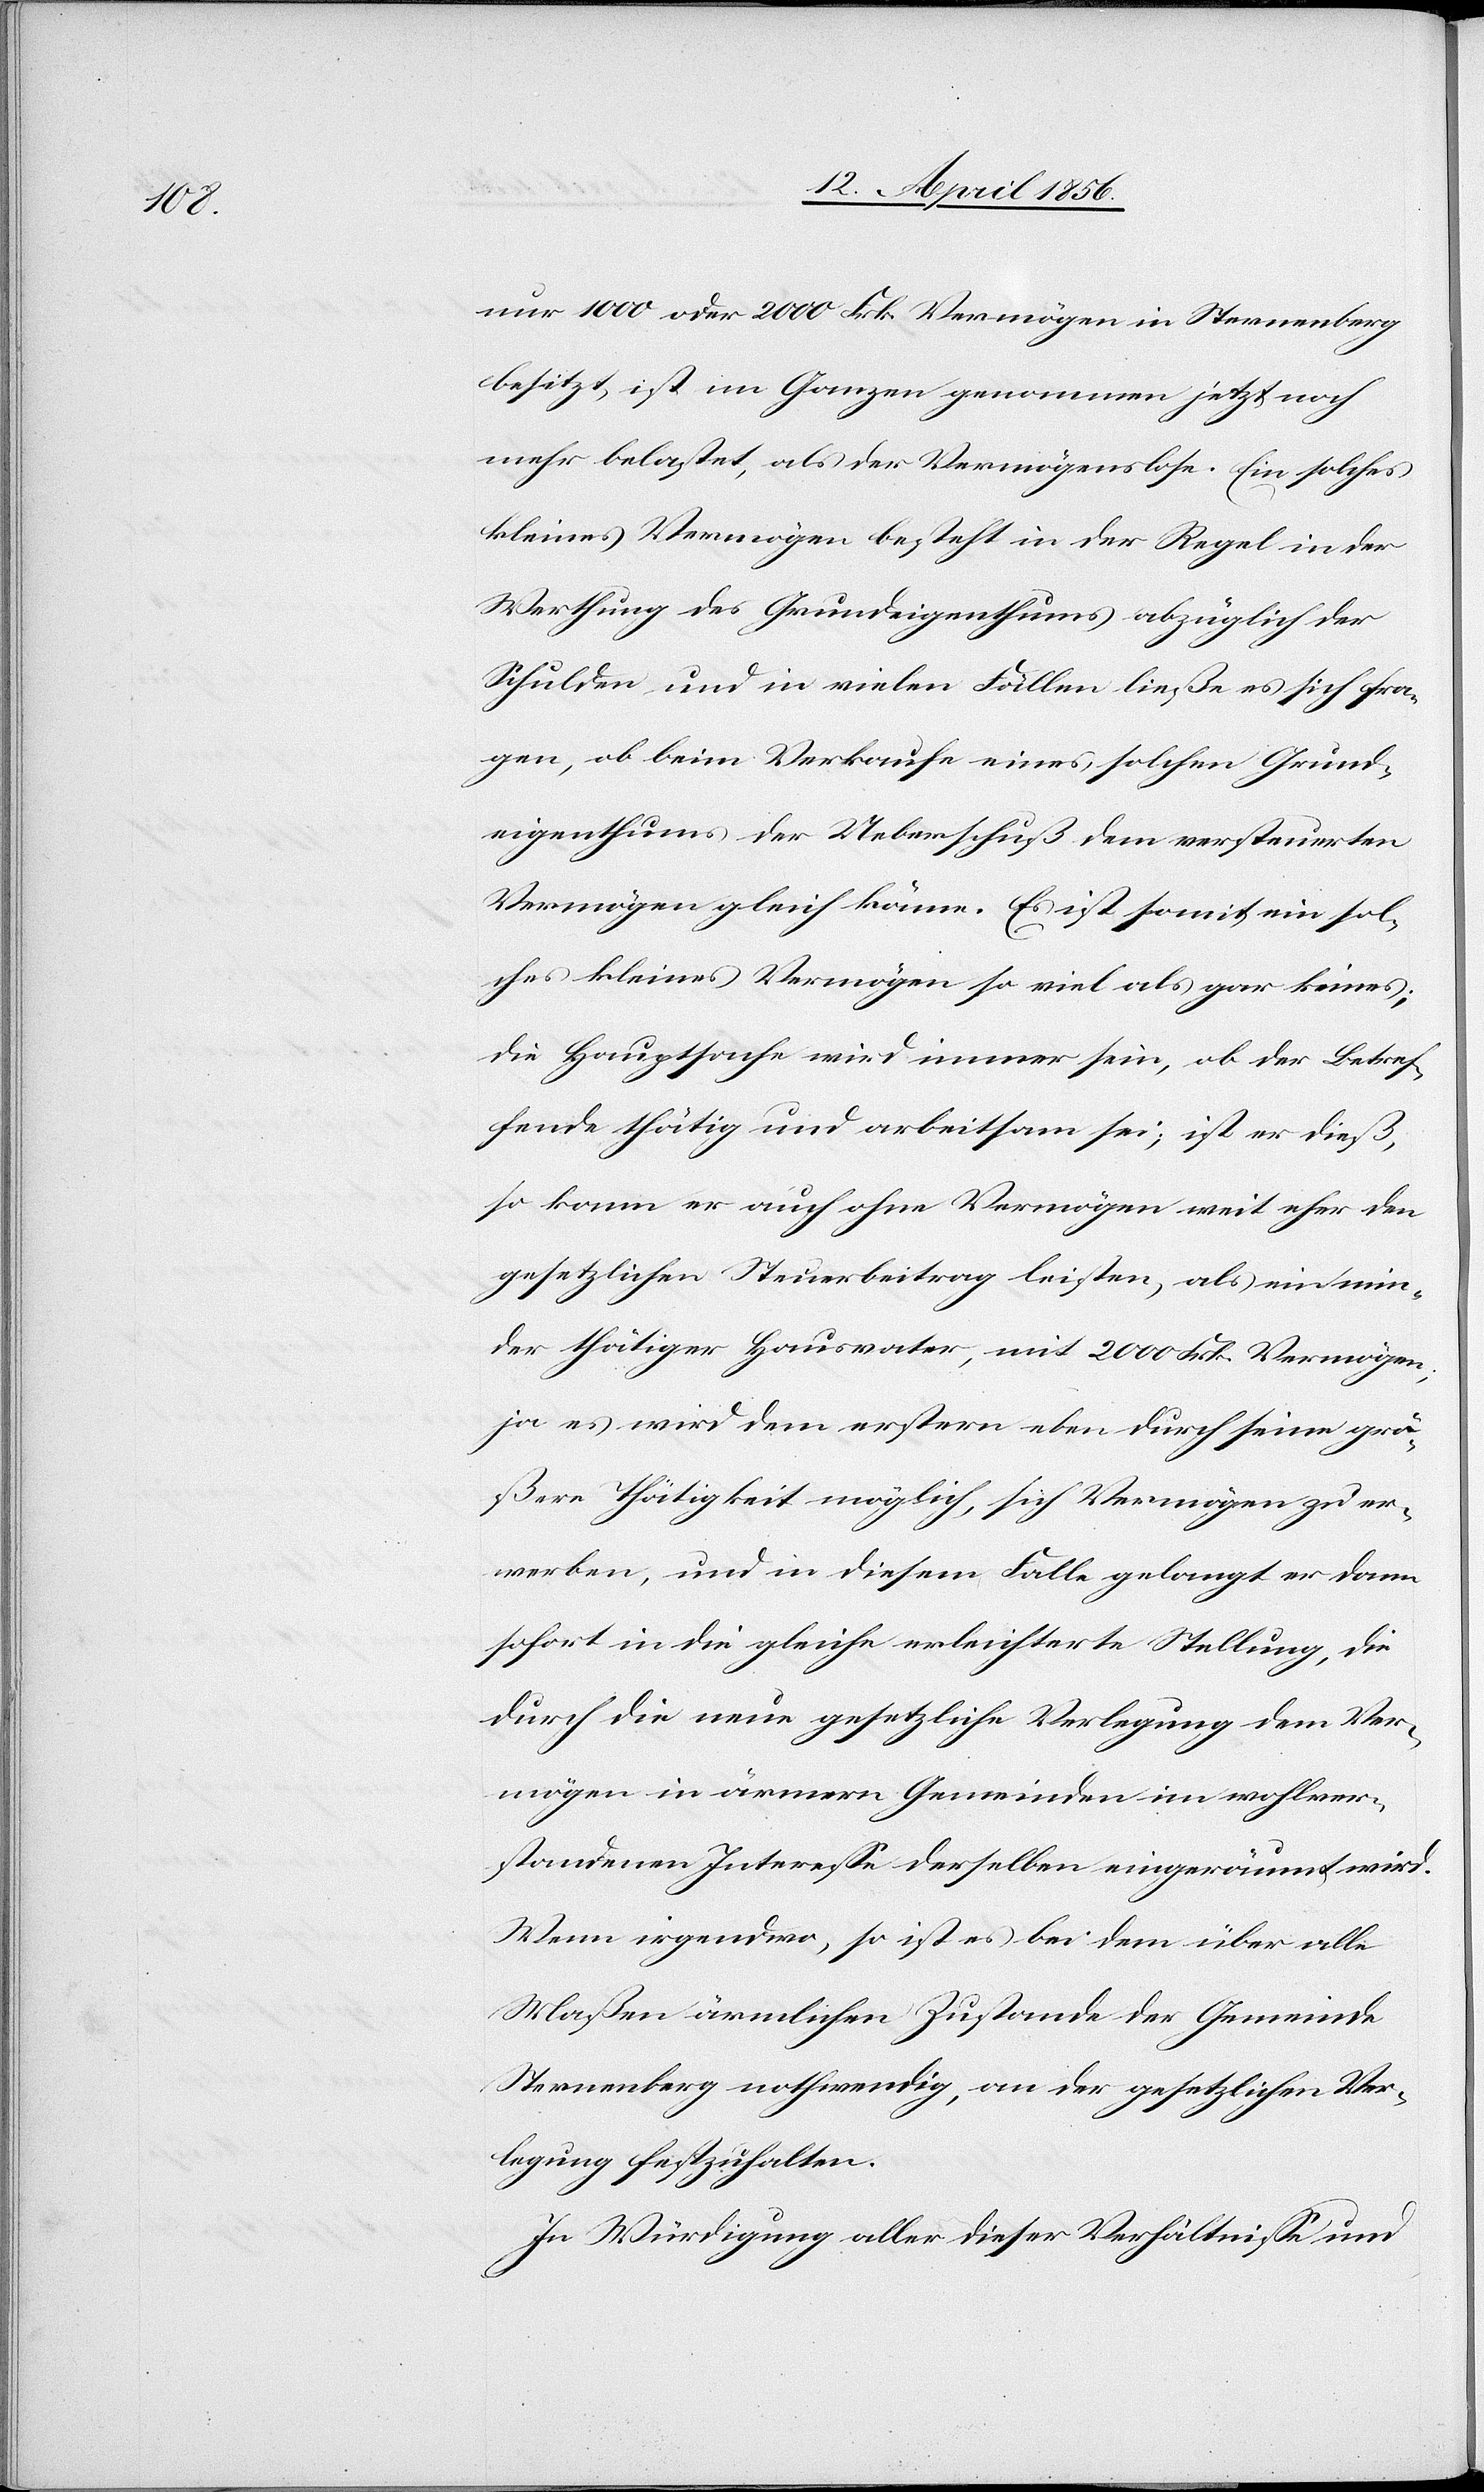
nur 1000 oder 2000 Frk. Vermögen in Sternenberg
besitzt, ist im Ganzen genommen jetzt noch
mehr belastet, als der Vermögenslose. Ein solches
kleines Vermögen besteht in der Regel in der
Werthung des Grundeigenthums abzüglich der
Schulden und in vielen Fällen ließe es sich fra¬
gen, ob beim Verkaufe eines solchen Grund¬
eigenthums der Ueberschuß dem versteuerten
Vermögen gleich käme. Es ist somit ein sol¬
ches kleines Vermögen so viel als gar keines;
die Hauptsache wird immer sein, ob der Betref¬
fende thätig und arbeitsam sei; ist er dieß,
so kann er auch ohne Vermögen weit eher den
gesetzlichen Steuerbeitrag leisten, als ein min¬
der thätiger Hausvater, mit 2000 Frk. Vermögen;
ja es wird dem erstern eben durch seine grö¬
ßere Thätigkeit möglich, sich Vermögen zu er¬
werben, und in diesem Falle gelangt er dann
sofort in die gleiche erleichterte Stellung, die
durch die neue gesetzliche Verlegung dem Ver¬
mögen in ärmern Gemeinden im wohlver¬
standenen Interesse derselben eingeräumt wird.
Wenn irgendwo, so ist es bei dem über alle
Maßen ärmlichen Zustande der Gemeinde
Sternenberg nothwendig, an der gesetzlichen Ver¬
legung festzuhalten.
In Würdigung aller dieser Verhältnisse und